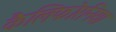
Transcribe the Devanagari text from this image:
कैलिफोरनिया